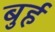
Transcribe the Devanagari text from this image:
बुर्ह